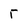
Character: T